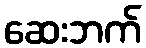
ဆေးဘက်